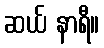
ဆယ် နာရီ။